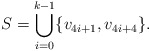
\begin{align*}S = \bigcup_{i=0}^{k-1} \{v_{4i+1},v_{4i+4}\}.\end{align*}